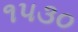
૧૫૩૦